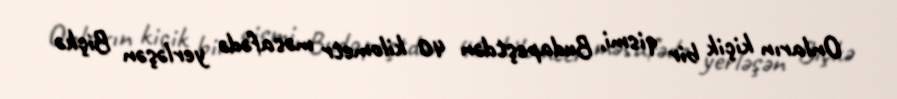
Onların kiçik bir qismi, Budapeştdən 40 kilometr məsafədə yerləşən Biçkə